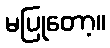
မပြုတော့။